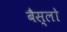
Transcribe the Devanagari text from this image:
बैस्लो